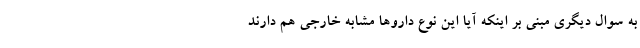
به سوال دیگری مبنی بر اینکه آیا این نوع داروها مشابه خارجی هم دارند